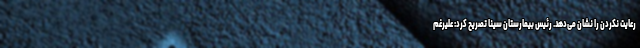
رعایت نکردن را نشان می‌دهد. رئیس بیمارستان سینا تصریح کرد: علیرغم